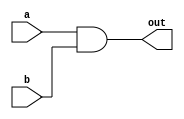
//2022-02-22 
//AND gate
module top_module(
            input a,
            input b,
            output out);

assign      out=a&b;

endmodule